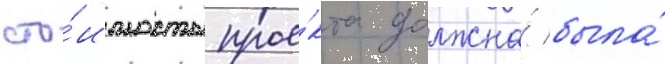
сто́имость прое́кта должна́ была́